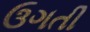
ઉગતી